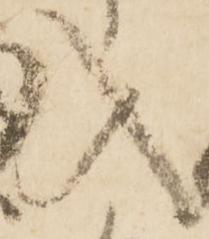
入